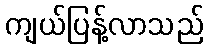
ကျယ်ပြန့်လာသည်